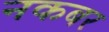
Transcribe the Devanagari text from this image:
नकबर